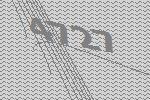
4727